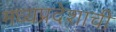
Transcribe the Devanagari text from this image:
मध्‍यप्रदेशाची